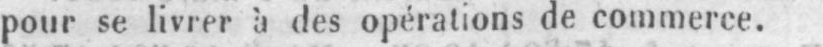
pour se livrer à des opérations de commerce.